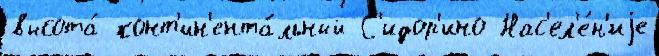
высота́ конт'ин'ента́льный С'идор'ино Нас'ел'е́н'иjе